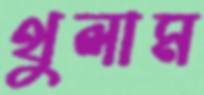
থুলাম